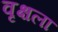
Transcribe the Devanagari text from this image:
वृक्षला